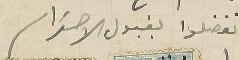
وتفضلوا بقبول الاحترام